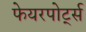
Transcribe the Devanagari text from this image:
फेयरपोर्ट्स